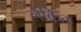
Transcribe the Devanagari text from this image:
लेकिंत